system: You are a helpful assistant.
user:
Analyze the provided spectrum to determine if it is a **White Dwarf (WD)**.

A White Dwarf spectrum is defined by its **extreme purity** (due to gravitational settling) and/or **extreme pressure broadening** (due to high surface gravity). You must check for one of the following mutually exclusive signatures:

- **Key Visual Indicators (Check for ONE of these types):**

    - **1. DA-Type Signature (Most Common):**
        - **(Primary Feature):** Extreme pressure broadening (Stark broadening) of the **Hydrogen (H) Balmer lines**.
        - **(Key Lines):** $H\beta$ (approx. $4861$ Å) and $H\gamma$ (approx. $4340$ Å). $H\alpha$ (approx. $6563$ Å) will also be present if the wavelength range covers it.
        - **(Line Profile):** This is the **defining feature**. The lines are **NOT** sharp. They appear as massive, **extremely broad and deep "troughs" or "dips"** in the spectrum, often hundreds of Ångströms wide. The continuum will appear to "scoop" down at these wavelengths.
        - **(Distinction):** Normal A-type or B-type stars have *narrow* and *sharp* Hydrogen lines. A DA White Dwarf's lines are unmistakably "smeared" or "blurry" from pressure.

    - **2. DB-Type Signature:**
        - **(Primary Feature):** Broad absorption lines from **Neutral Helium (He I)**. The spectrum must lack any visible Hydrogen lines.
        - **(Key Lines):** Look for broad absorption near $4471$ Å, $4921$ Å, and $5876$ Å.
        - **(Line Profile):** These lines are also significantly pressure-broadened, appearing much wider than they would in a normal B-type main-sequence star.

    - **3. DC-Type Signature:**
        - **(Primary Feature):** A **featureless continuous spectrum**.
        - **(Line Profile):** The spectrum is a smooth curve with **no significant absorption or emission lines**.
        - **(Key Confirmation):** The continuum is almost always **blue or white**, indicating a hot object. This signature implies the atmosphere is so pure (or so cool) that no spectral lines are visible in the optical range. Its WD identity is confirmed by its extremely low intrinsic brightness (high absolute magnitude).

    - **4. DZ-Type Signature (Metal-Polluted):**
        - **(Primary Feature):** **Isolated, narrow metal absorption lines** on an otherwise featureless (DC-like) continuum.
        - **(Key Lines):** The **Calcium (Ca II) H & K doublet** (approx. **$3934$ Å** and **$3968$ Å**) is the most common and defining feature.
        - **(Line Profile):** These lines are "out of place." They are *not* part of a "forest" of thousands of lines. This signature is evidence of recent *accretion* (pollution) from rocky debris.
        - **(Distinction):** Normal G/K/M stars have a *dense forest* of thousands of metal lines. A DZ has a *clean* continuum with *only a few* strong metal lines.

    - **5. DQ-Type Signature (Carbon-Polluted):**
        - **(Primary Feature):** Absorption bands from **Carbon (C₂ "Swan Bands" or atomic C I)**.
        - **(Key Lines - C₂):** Look for bandheads with a "saw-tooth" shape near $5635$ Å, **$5165$ Å** (strongest), and $4737$ Å.
        - **(Key Confirmation):** The underlying **continuum must be blue or white** (hot).
        - **(Distinction):** This is the critical difference from a **Carbon Star**, which has the *exact same* C₂ bands but on an extremely **red, cool** continuum.

- **(Overall Spectrum):**
    - The continuum (overall shape) is typically **blue-sloping** (brighter in the blue than the red), as most white dwarfs are very hot.
    - The spectrum will look "pure" or "simple," dominated by only *one* of the five signatures listed above.

Think first, call **spectral_visualization_tool** if needed to examine features in detail, then provide your final answer. Your response must adhere to the following strict rules:
1.  **Overall Structure:** Your response must follow the format `<think>...</think> <tool_call>...</tool_call> (if a tool is used) <answer>...</answer>`.
2.  **Tool Usage Constraint:** You may only make **one** tool call per turn.
3.  **Final Answer Format:** In the `<answer>` tag, your conclusion must be inside a `\boxed{}` command (e.g., `\boxed{YES}` or `\boxed{NO}`), followed by your justification.

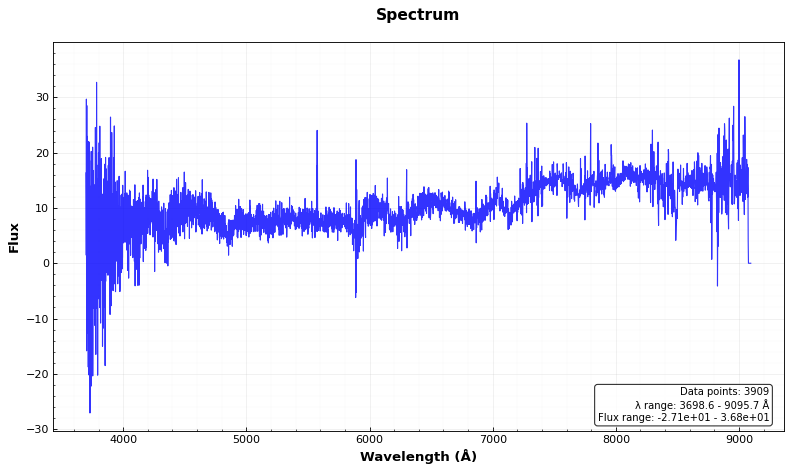
Answer: YES